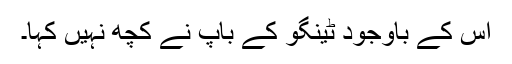
اس کے باوجود ٹینگو کے باپ نے کچھ نہیں کہا۔